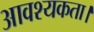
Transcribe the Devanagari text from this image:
आवश्‍यकता।